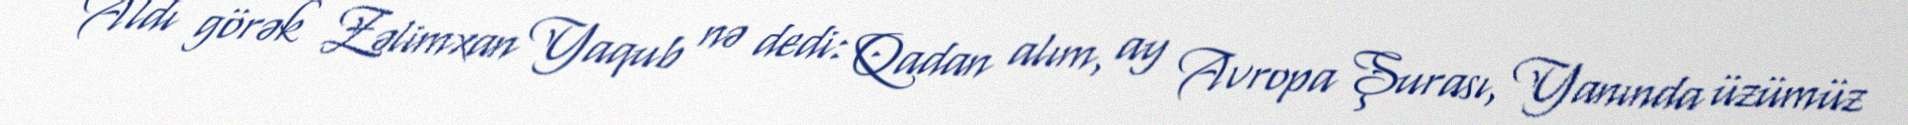
Aldı görək Zəlimxan Yaqub nə dedi: Qadan alım, ay Avropa Şurası, Yanında üzümüz